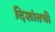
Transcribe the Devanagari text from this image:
दिशांतची